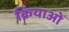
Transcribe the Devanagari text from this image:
क्रियाओँ